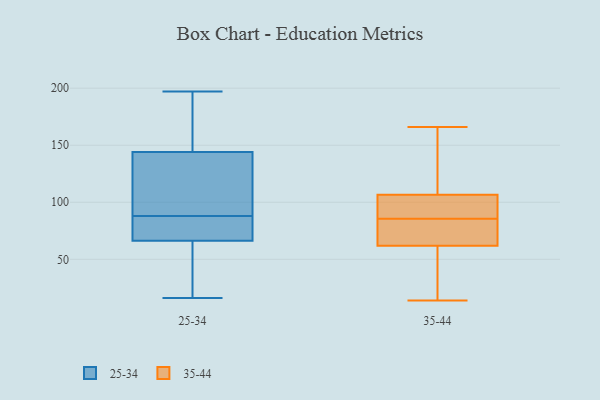
{"axis": {"x": "Bounce Rate (%)", "y": "Value"}, "legend": ["25-34", "35-44"], "data": [{"x": "", "y": 67, "type": "25-34"}, {"x": "", "y": 66, "type": "25-34"}, {"x": "", "y": 129, "type": "25-34"}, {"x": "", "y": 86, "type": "25-34"}, {"x": "", "y": 26, "type": "25-34"}, {"x": "", "y": 191, "type": "25-34"}, {"x": "", "y": 44, "type": "25-34"}, {"x": "", "y": 73, "type": "25-34"}, {"x": "", "y": 16, "type": "25-34"}, {"x": "", "y": 149, "type": "25-34"}, {"x": "", "y": 182, "type": "25-34"}, {"x": "", "y": 197, "type": "25-34"}, {"x": "", "y": 109, "type": "25-34"}, {"x": "", "y": 101, "type": "25-34"}, {"x": "", "y": 88, "type": "25-34"}, {"x": "", "y": 143, "type": "35-44"}, {"x": "", "y": 67, "type": "35-44"}, {"x": "", "y": 91, "type": "35-44"}, {"x": "", "y": 57, "type": "35-44"}, {"x": "", "y": 77, "type": "35-44"}, {"x": "", "y": 90, "type": "35-44"}, {"x": "", "y": 166, "type": "35-44"}, {"x": "", "y": 50, "type": "35-44"}, {"x": "", "y": 14, "type": "35-44"}, {"x": "", "y": 91, "type": "35-44"}, {"x": "", "y": 122, "type": "35-44"}, {"x": "", "y": 81, "type": "35-44"}]}